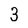
Character: 3